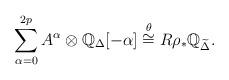
LaTeX: \begin{align*}\sum_{\alpha=0}^{2p} A^{\alpha}\otimes \mathbb Q_{\Delta}[-\alpha]\stackrel{\theta}{\cong}R\rho_*\mathbb Q_{\widetilde\Delta}.\end{align*}